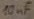
Text: 10nF